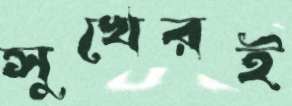
সুখেরই